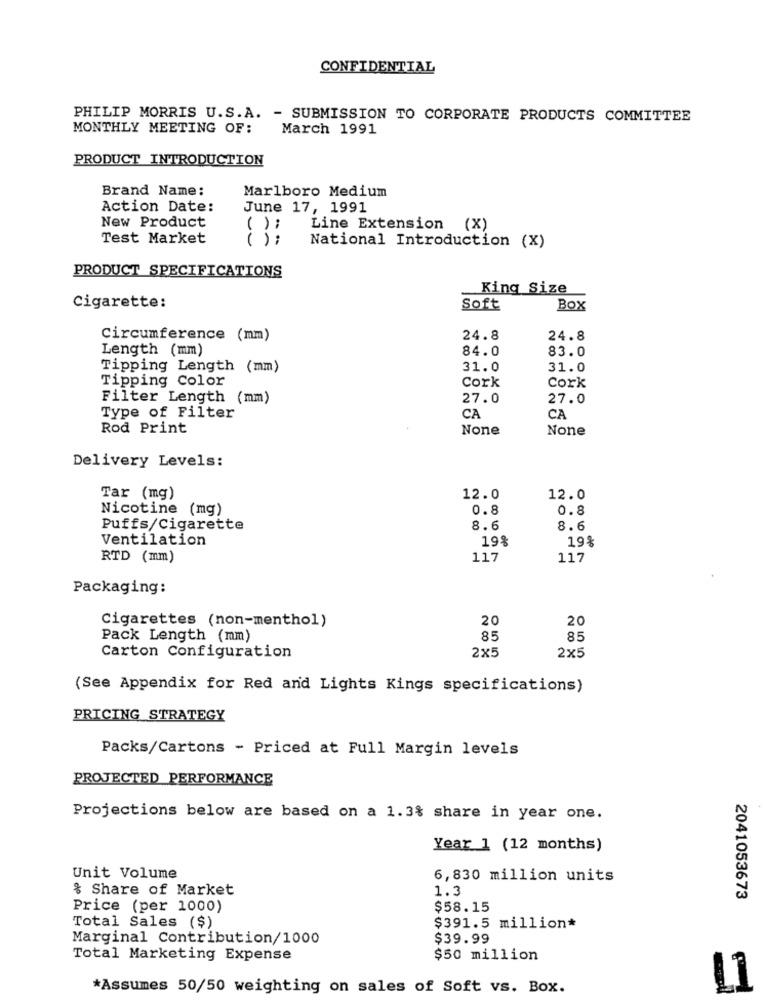
CONFIDENTIAL
PHILIP MORRIS U.S. A. - SUBMISSION TO CORPORATE PRODUCTS COMMITTEE
MONTHLY MEETING OF:
March 1991
PRODUCT INTRODUCTION
Brand Name:
Marlboro Medium
Action Date:
June 17, 1991
New Product
( ) ;
Line Extension (X)
Test Market
() ;
National Introduction (X)
PRODUCT SPECIFICATIONS
King Size
Cigarette:
Soft
Box
Circumference (mm)
24.8
24.8
Length (mm)
84.0
83.0
Tipping Length (mm)
31.0
31.0
Tipping Color
Cork
Cork
Filter Length (mm)
27.0
27.0
Type of Filter
CA
CA
Rod Print
Delivery Levels:
Tar (mg)
12.0
12.0
Nicotine (mg)
0.8
0.8
Puffs/Cigarette
8.6
8.6
Ventilation
19%
19%
RTD (mm)
117
117
Packaging:
20
20
Cigarettes (non-menthol)
Pack Length (mm)
85
85
2x5
Carton Configuration
2×5
(See Appendix for Red and Lights Kings specifications)
PRICING STRATEGY
Packs/Cartons - Priced at Full Margin levels
PROJECTED PERFORMANCE
Projections below are based on a 1.3% share in year one.
Year 1 (12 months)
Unit Volume
6,830 million units
% Share of Market
1.3
2041053673
Price (per 1000)
$58.15
Total Sales ($)
$391.5 million*
Marginal Contribution/1000
$39.99
Total Marketing Expense
$50 million
*Assumes 50/50 weighting on sales of Soft vs. Box.
L1